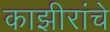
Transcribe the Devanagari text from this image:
काझीरांचे